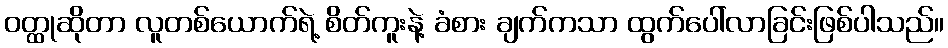
ဝတ္ထုဆိုတာ လူတစ်ယောက်ရဲ့ စိတ်ကူးနဲ့ ခံစား ချက်ကသာ ထွက်ပေါ်လာခြင်းဖြစ်ပါသည်။